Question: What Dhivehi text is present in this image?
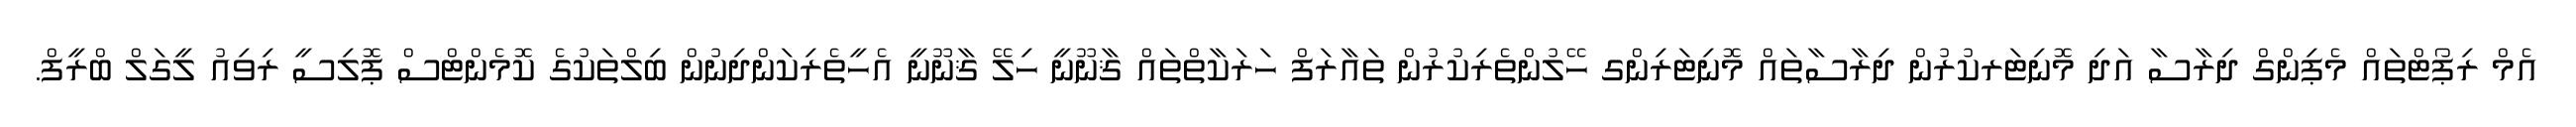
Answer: އެމް ރިޕޯޓްތައް މެޕިންގް ދިރާސާ އަދި މޮނިޓަރކުރުން ދިރާސާތައް މޮނިޓަރިންގ ހޭލުންތެރިކުރުން ތައާރަފް ހަރަކާތްތައް ޤާނޫނީ ހިލޭ ޤާނޫނީ އެހީތެރިކަންދިނުން ބިލްތަކުގެ ކޮމެންޓްސް ޕޮލިސީ ރިވިއު ލީގަލް ބްރީފް.